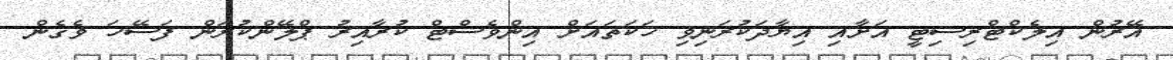
އޭރުން އިލެކްޓްރިސިޓީ އަށާއި އިޔާދަކުރަނިވި ހަކަތައަށް އިންވެސްޓް ކުރާއިރު ޕްލޭންކުރަން ފަސޭހަ ވެގެން